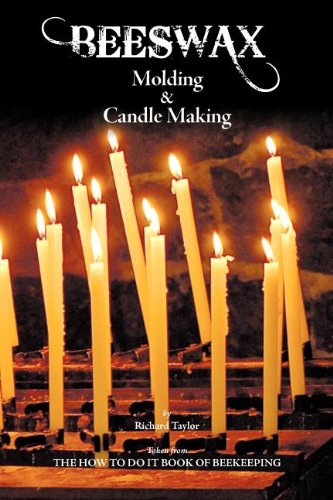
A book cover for Beeswax Molding & Candle Making; Richard Taylor; Crafts, Hobbies & Home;